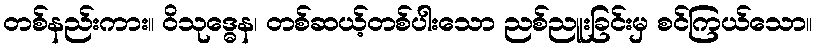
တစ်နည်းကား။ ဝိသုဒ္ဓေန၊ တစ်ဆယ့်တစ်ပါးသော ညစ်ညူးခြင်းမှ စင်ကြယ်သော။